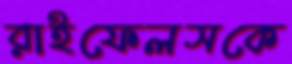
রাইফেলসকে